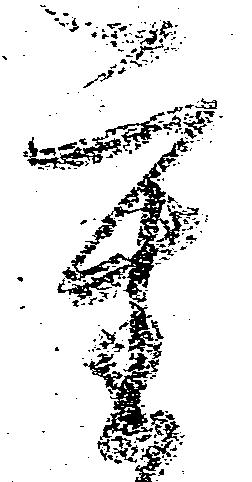
重